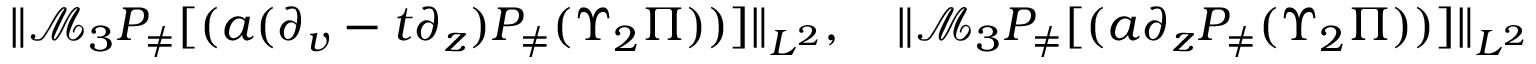
\begin{array} { r } { \| \mathcal { M } _ { 3 } P _ { \neq } [ ( a ( \partial _ { v } - t \partial _ { z } ) P _ { \neq } ( \Upsilon _ { 2 } \Pi ) ) ] \| _ { L ^ { 2 } } , \quad \| \mathcal { M } _ { 3 } P _ { \neq } [ ( a \partial _ { z } P _ { \neq } ( \Upsilon _ { 2 } \Pi ) ) ] \| _ { L ^ { 2 } } } \end{array}